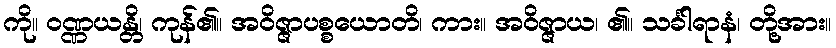
ကို။ ဝဏ္ဏယန္တိ၊ ကုန်၏။ အဝိဇ္ဇာပစ္စယောတိ၊ ကား။ အဝိဇ္ဇာယ၊ ၏။ သင်္ခါရာနံ၊ တို့အား။